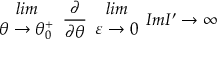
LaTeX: \begin{array} { c } { { l i m } } \\ { { \theta \rightarrow \theta _ { 0 } ^ { + } } } \end{array} \frac { \partial } { \partial \theta } \begin{array} { c } { { l i m } } \\ { { \varepsilon \rightarrow 0 } } \end{array} I m I ^ { \prime } \rightarrow \infty